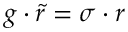
g \cdot \tilde { r } = \sigma \cdot r